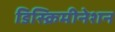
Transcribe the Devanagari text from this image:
डिस्क्रिमीनेशन